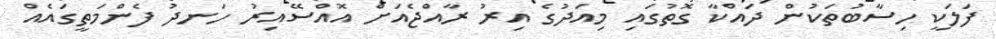
ފަލަކީ ހިސާބުތަކުން ދައްކާ ގޮތުގައި މިއަދުގެ އިރު ރާއްޖެއަށް އޮއްސޭއިރު ހަނދު ފެންމަތީގައެއް